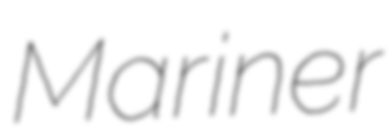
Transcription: Mariner